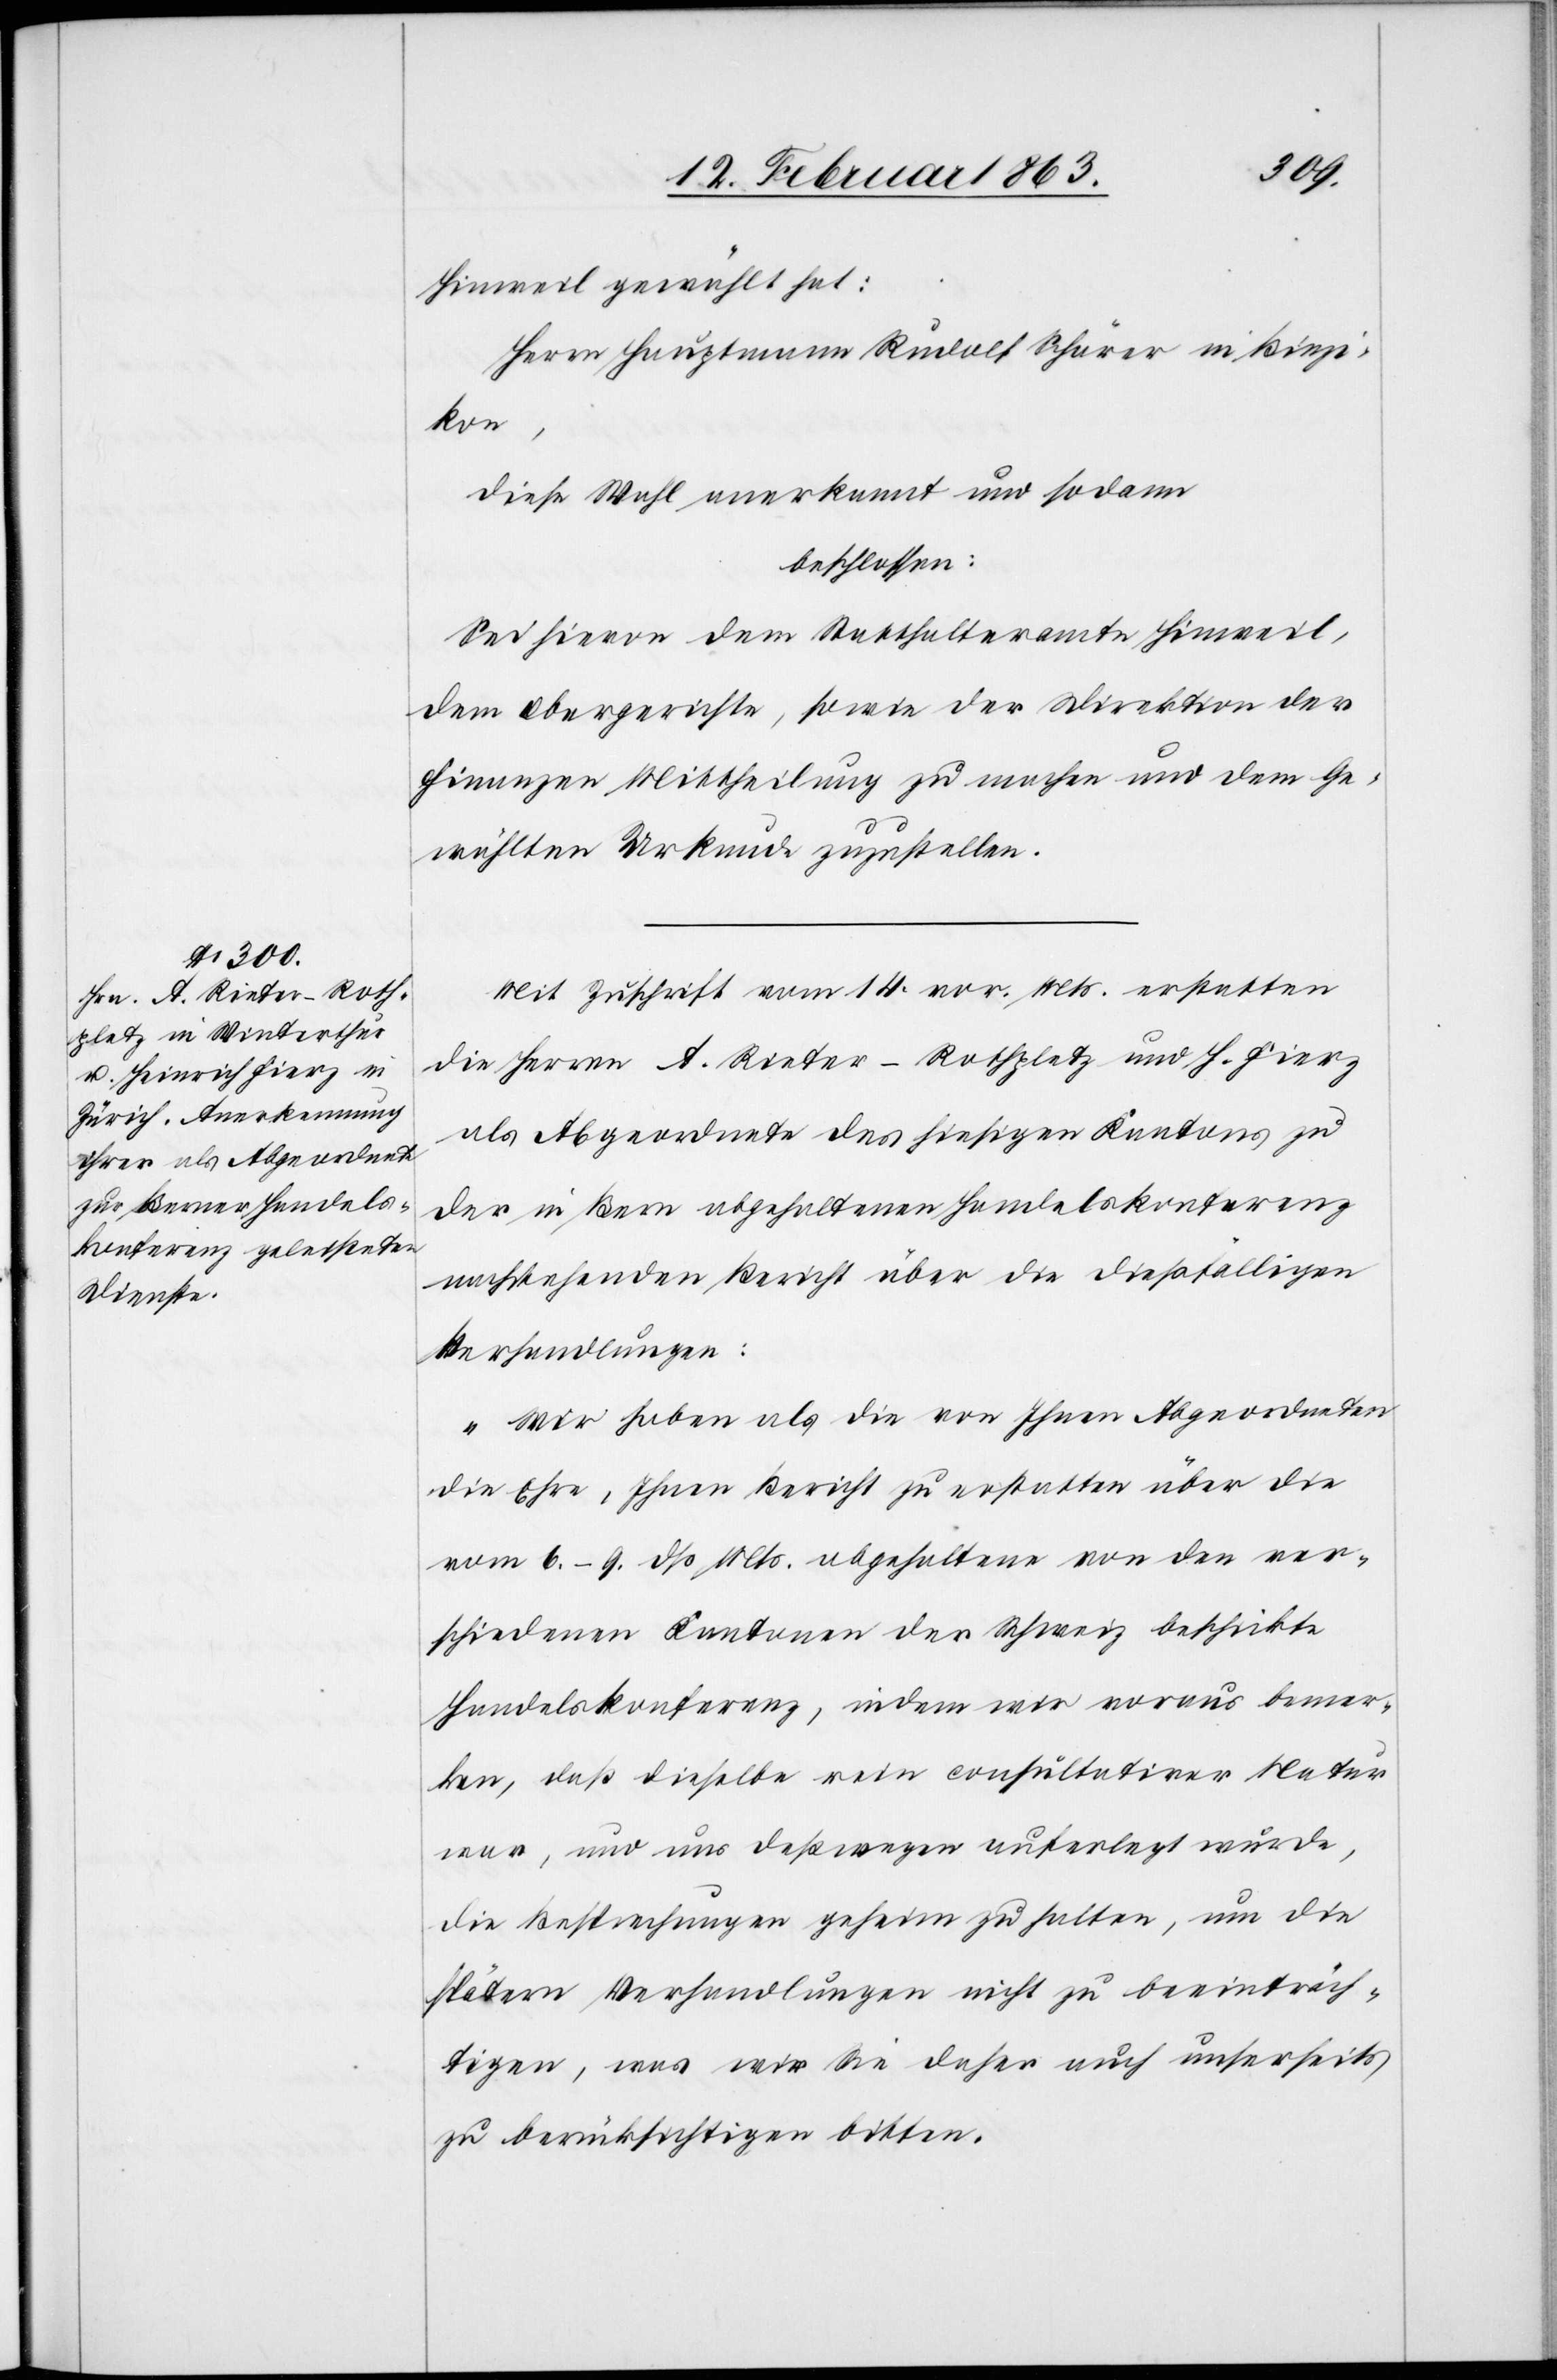
Hinweil gewählt hat:
Herrn Hauptmann Rudolf Schärer in Binzi¬
kon,
diese Wahl anerkannt und sodann
beschlossen:
Sei hievon dem Statthalteramte Hinweil,
dem Obergerichte, sowie der Direktion der
Finanzen Mittheilung zu machen und dem Ge¬
wählten Urkunde zuzustellen.
Mit Zuschrift vom 14. vor. Mts. erstatten
die Herren A. Rieter-Rothpletz und H. Fierz
als Abgeordnete des hiesigen Kantons zu
der in Bern abgehaltenen Handelskonferenz
nachstehenden Bericht über die dießfälligen
Verhandlungen:
„Wir haben als die von Ihnen Abgeordneten
die Ehre, Ihnen Bericht zu erstatten über die
vom 6.–9. dß. Mts. abgehaltene von den ver¬
schiedenen Kantonen der Schweiz beschickte
Handelskonferenz, indem wir voraus bemer¬
ken, daß dieselbe rein consultativer Natur
war, und uns deßwegen auferlegt wurde,
die Besprechungen geheim zu halten, um die
spätern Verhandlungen nicht zu beeinträch¬
tigen, was wir Sie daher auch unserseits
zu berücksichtigen bitten.